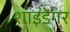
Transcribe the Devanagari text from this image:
शाइडेगर